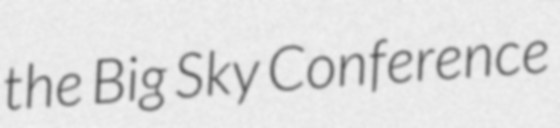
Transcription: the Big Sky Conference